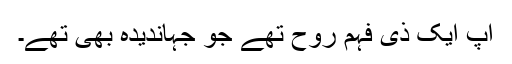
آپ ایک ذی فہم روح تھے جو جہاندیدہ بھی تھے۔